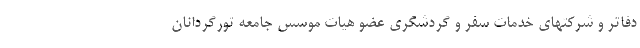
دفاتر و شرکتهای خدمات سفر و گردشگری عضو هیات موسس جامعه تورگردانان